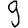
Digit: 9